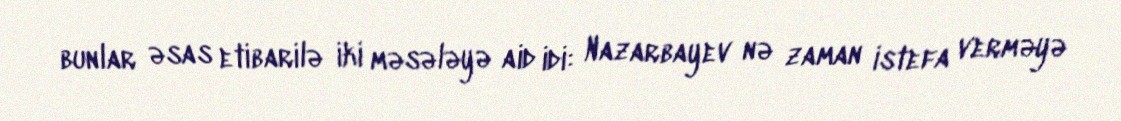
bunlar əsas etibarilə iki məsələyə aid idi: Nazarbayev nə zaman istefa verməyə